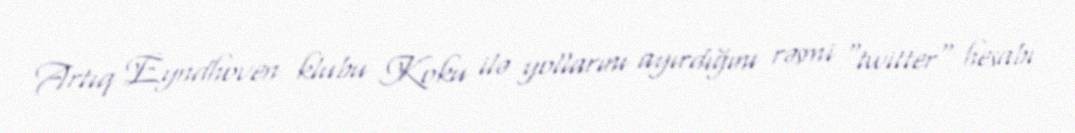
Artıq Eyndhoven klubu Koku ilə yollarını ayırdığını rəsmi "twitter" hesabı